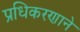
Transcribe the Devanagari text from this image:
प्रधिकरणाने